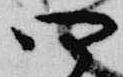
四